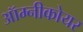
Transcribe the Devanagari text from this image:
ऑम्नीकोयर